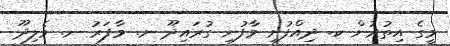
މީގެ އިތުރުން ކ. ދިއްފުށި މާފުށި ގުރައިދޫ ނ. މާފަރު ނ. ވެލިދޫ